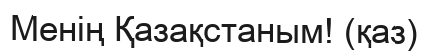
Менің Қазақстаным! (қаз)